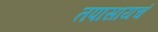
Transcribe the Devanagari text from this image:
तपासायचं